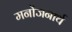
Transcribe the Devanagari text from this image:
मनोंजनार्थ